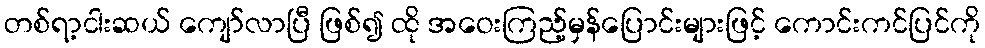
တစ်ရာ့ငါးဆယ် ကျော်လာပြီ ဖြစ်၍ ထို အဝေးကြည့်မှန်ပြောင်းများဖြင့် ကောင်းကင်ပြင်ကို